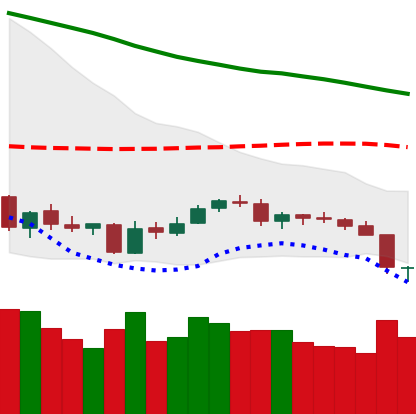
Ticker: NEO-USD
Chart end date: 2018-06-11
Forward return: -16.233%
Label: down_7plus